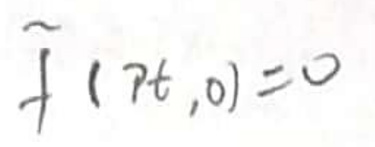
$\widetilde{f}(pt,0)=0$